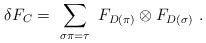
LaTeX: \begin{align*}\delta F_C =\ \sum_{\sigma\pi=\tau} \ F_{D(\pi)}\otimes F_{D(\sigma)} \ .\end{align*}